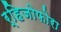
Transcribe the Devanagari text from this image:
र्हिजोफोरा